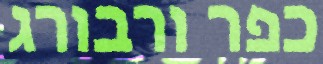
כפר ורבורג